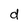
Character: d